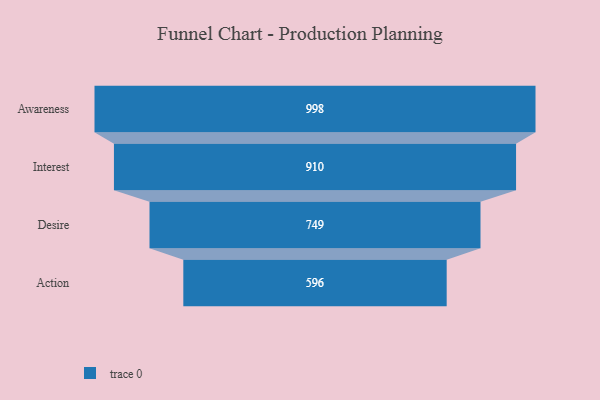
{"axis": {"x": "Stage", "y": "Value"}, "legend": [""], "data": [{"x": "Awareness", "y": 998.0, "type": ""}, {"x": "Interest", "y": 910.0, "type": ""}, {"x": "Desire", "y": 749.0, "type": ""}, {"x": "Action", "y": 596.0, "type": ""}]}